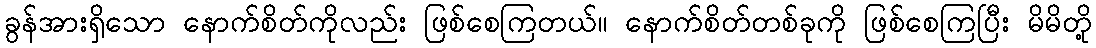
ခွန်အားရှိသော နောက်စိတ်ကိုလည်း ဖြစ်စေကြတယ်။ နောက်စိတ်တစ်ခုကို ဖြစ်စေကြပြီး မိမိတို့